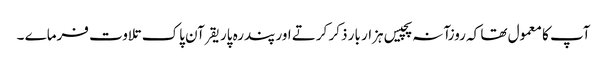
آپ کا معمول تھا کہ روزآنہ پچیس ہزار بار ذکر کرتے اور پندرہ پاریقرآن پاک تلاوت فرماے ۔